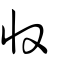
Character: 廾